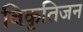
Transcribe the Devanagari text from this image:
विकृतिजन